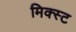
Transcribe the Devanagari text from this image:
मिक्स्ट